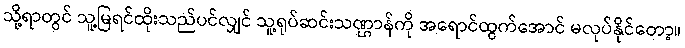
သို့ရာတွင် သူ့မြရင်ထိုးသည်ပင်လျှင် သူ့ရုပ်ဆင်းသဏ္ဌာန်ကို အရောင်ထွက်အောင် မလုပ်နိုင်တော့။